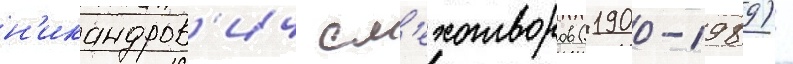
н'икандров'ич см'ехотворов (1900-1989) -